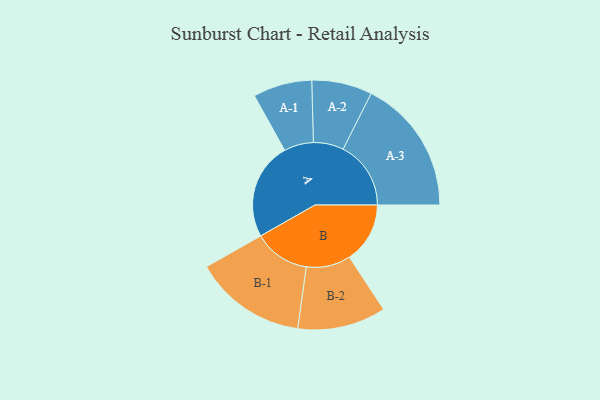
{"axis": {"x": "Segment", "y": "Value"}, "legend": ["", "A", "B"], "data": [{"x": "A", "y": 408, "type": ""}, {"x": "B", "y": 255, "type": ""}, {"x": "A-1", "y": 124, "type": "A"}, {"x": "A-2", "y": 127, "type": "A"}, {"x": "A-3", "y": 285, "type": "A"}, {"x": "B-1", "y": 236, "type": "B"}, {"x": "B-2", "y": 186, "type": "B"}]}